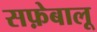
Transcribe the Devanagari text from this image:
सफ़ेबालू